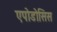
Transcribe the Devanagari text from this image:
एपोडोसिस